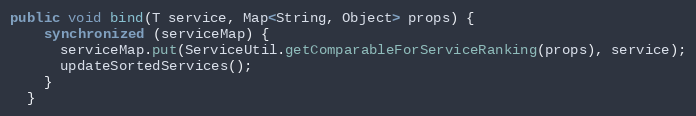
Language: Java
public void bind(T service, Map<String, Object> props) {
    synchronized (serviceMap) {
      serviceMap.put(ServiceUtil.getComparableForServiceRanking(props), service);
      updateSortedServices();
    }
  }